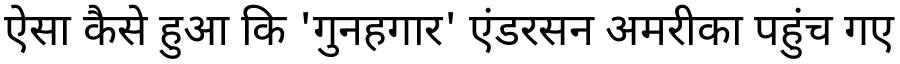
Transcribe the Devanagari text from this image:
ऐसा कैसे हुआ कि 'गुनहगार' एंडरसन अमरीका पहुंच गए